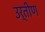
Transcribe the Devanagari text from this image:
उर्तीण